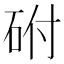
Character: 䂤